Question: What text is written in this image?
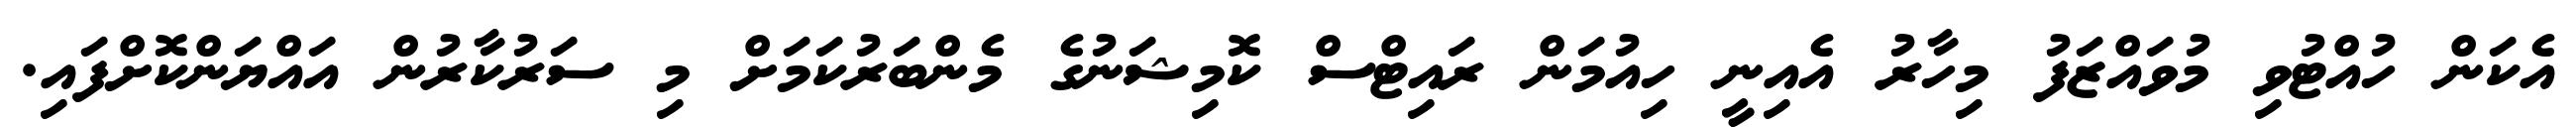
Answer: އެކަން ހުއްޓުވި މުވައްޒަފު މިހާރު އެއިނީ ހިއުމަން ރައިޓްސް ކޮމިޝަނުގެ މެންބަރުކަމަށް މި ސަރުކާރުން އައްޔަންކޮށްފައި.